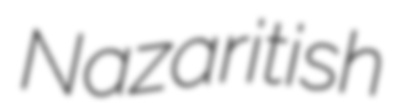
Nazaritish